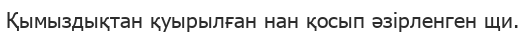
Қымыздықтан қуырылған нан қосып әзірленген щи.